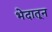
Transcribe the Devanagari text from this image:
भेदातून